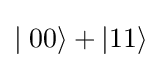
\mid 00\rangle +\vert 11\rangle